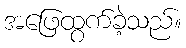
အဖြေထွက်ခဲ့သည်။